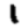
Digit: 1